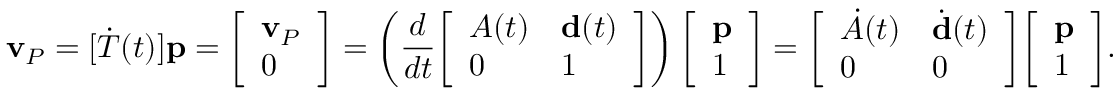
\mathbf { v } _ { P } = [ { \dot { T } } ( t ) ] \mathbf { p } = { \left[ \begin{array} { l } { \mathbf { v } _ { P } } \\ { 0 } \end{array} \right] } = \left( { \frac { d } { d t } } { \left[ \begin{array} { l l } { A ( t ) } & { \mathbf { d } ( t ) } \\ { 0 } & { 1 } \end{array} \right] } \right) { \left[ \begin{array} { l } { \mathbf { p } } \\ { 1 } \end{array} \right] } = { \left[ \begin{array} { l l } { { \dot { A } } ( t ) } & { { \dot { \mathbf { d } } } ( t ) } \\ { 0 } & { 0 } \end{array} \right] } { \left[ \begin{array} { l } { \mathbf { p } } \\ { 1 } \end{array} \right] } .